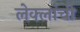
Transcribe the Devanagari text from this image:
लेक्लांची